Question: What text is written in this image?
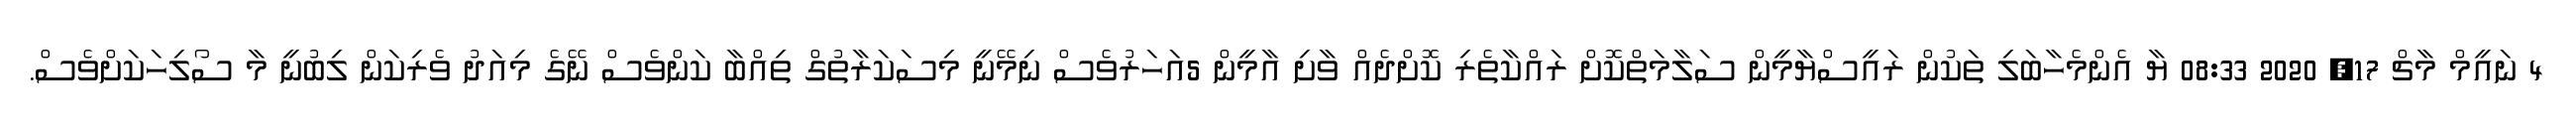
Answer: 4 ނައީމް މާޗް 17, 2020 08:33 ޔާ އެންމެހާބަލި ތަކުން ރައީސްޔާމީން ސަލާމަތްކޮށް ރައްކާތެރި ކޮށްދެއް ވާށި އާމީން 5އަހަރުވެސް ނިމޭނީ މިސަކަރާތުގް ތިއްބާ ކަންވެސް ނޭގެ މިއަދު ވެރިކަން ލިބުނީ މާ ސޯލިހަކަށްވެސް.